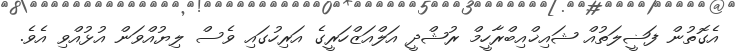
އެގޮތުން ފަޟީލަތުއް ޝައިޚްއިބްރާހީމް ރުޝްދީ އަލްއަޒްހަރީގެ އަރިހުގައި ވެސް ލިޔުއްވަން އުޅުއްވި އެވެ.